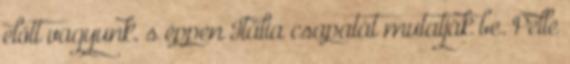
előtt vagyunk, s éppen Itália csapatát mutatják be. Pelle